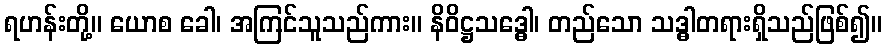
ရဟန်းတို့။ ယောစ ခေါ၊ အကြင်သူသည်ကား။ နိဝိဋ္ဌသဒ္ဓေါ၊ တည်သော သဒ္ဓါတရားရှိသည်ဖြစ်၍။